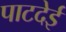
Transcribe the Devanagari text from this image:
पाटदेई